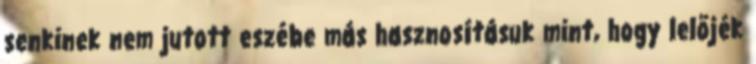
senkinek nem jutott eszébe más hasznosításuk mint, hogy lelőjék